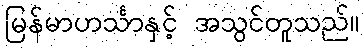
မြန်မာဟင်္သာနှင့် အသွင်တူသည်။